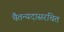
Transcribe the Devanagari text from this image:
चैतन्यदासरचित